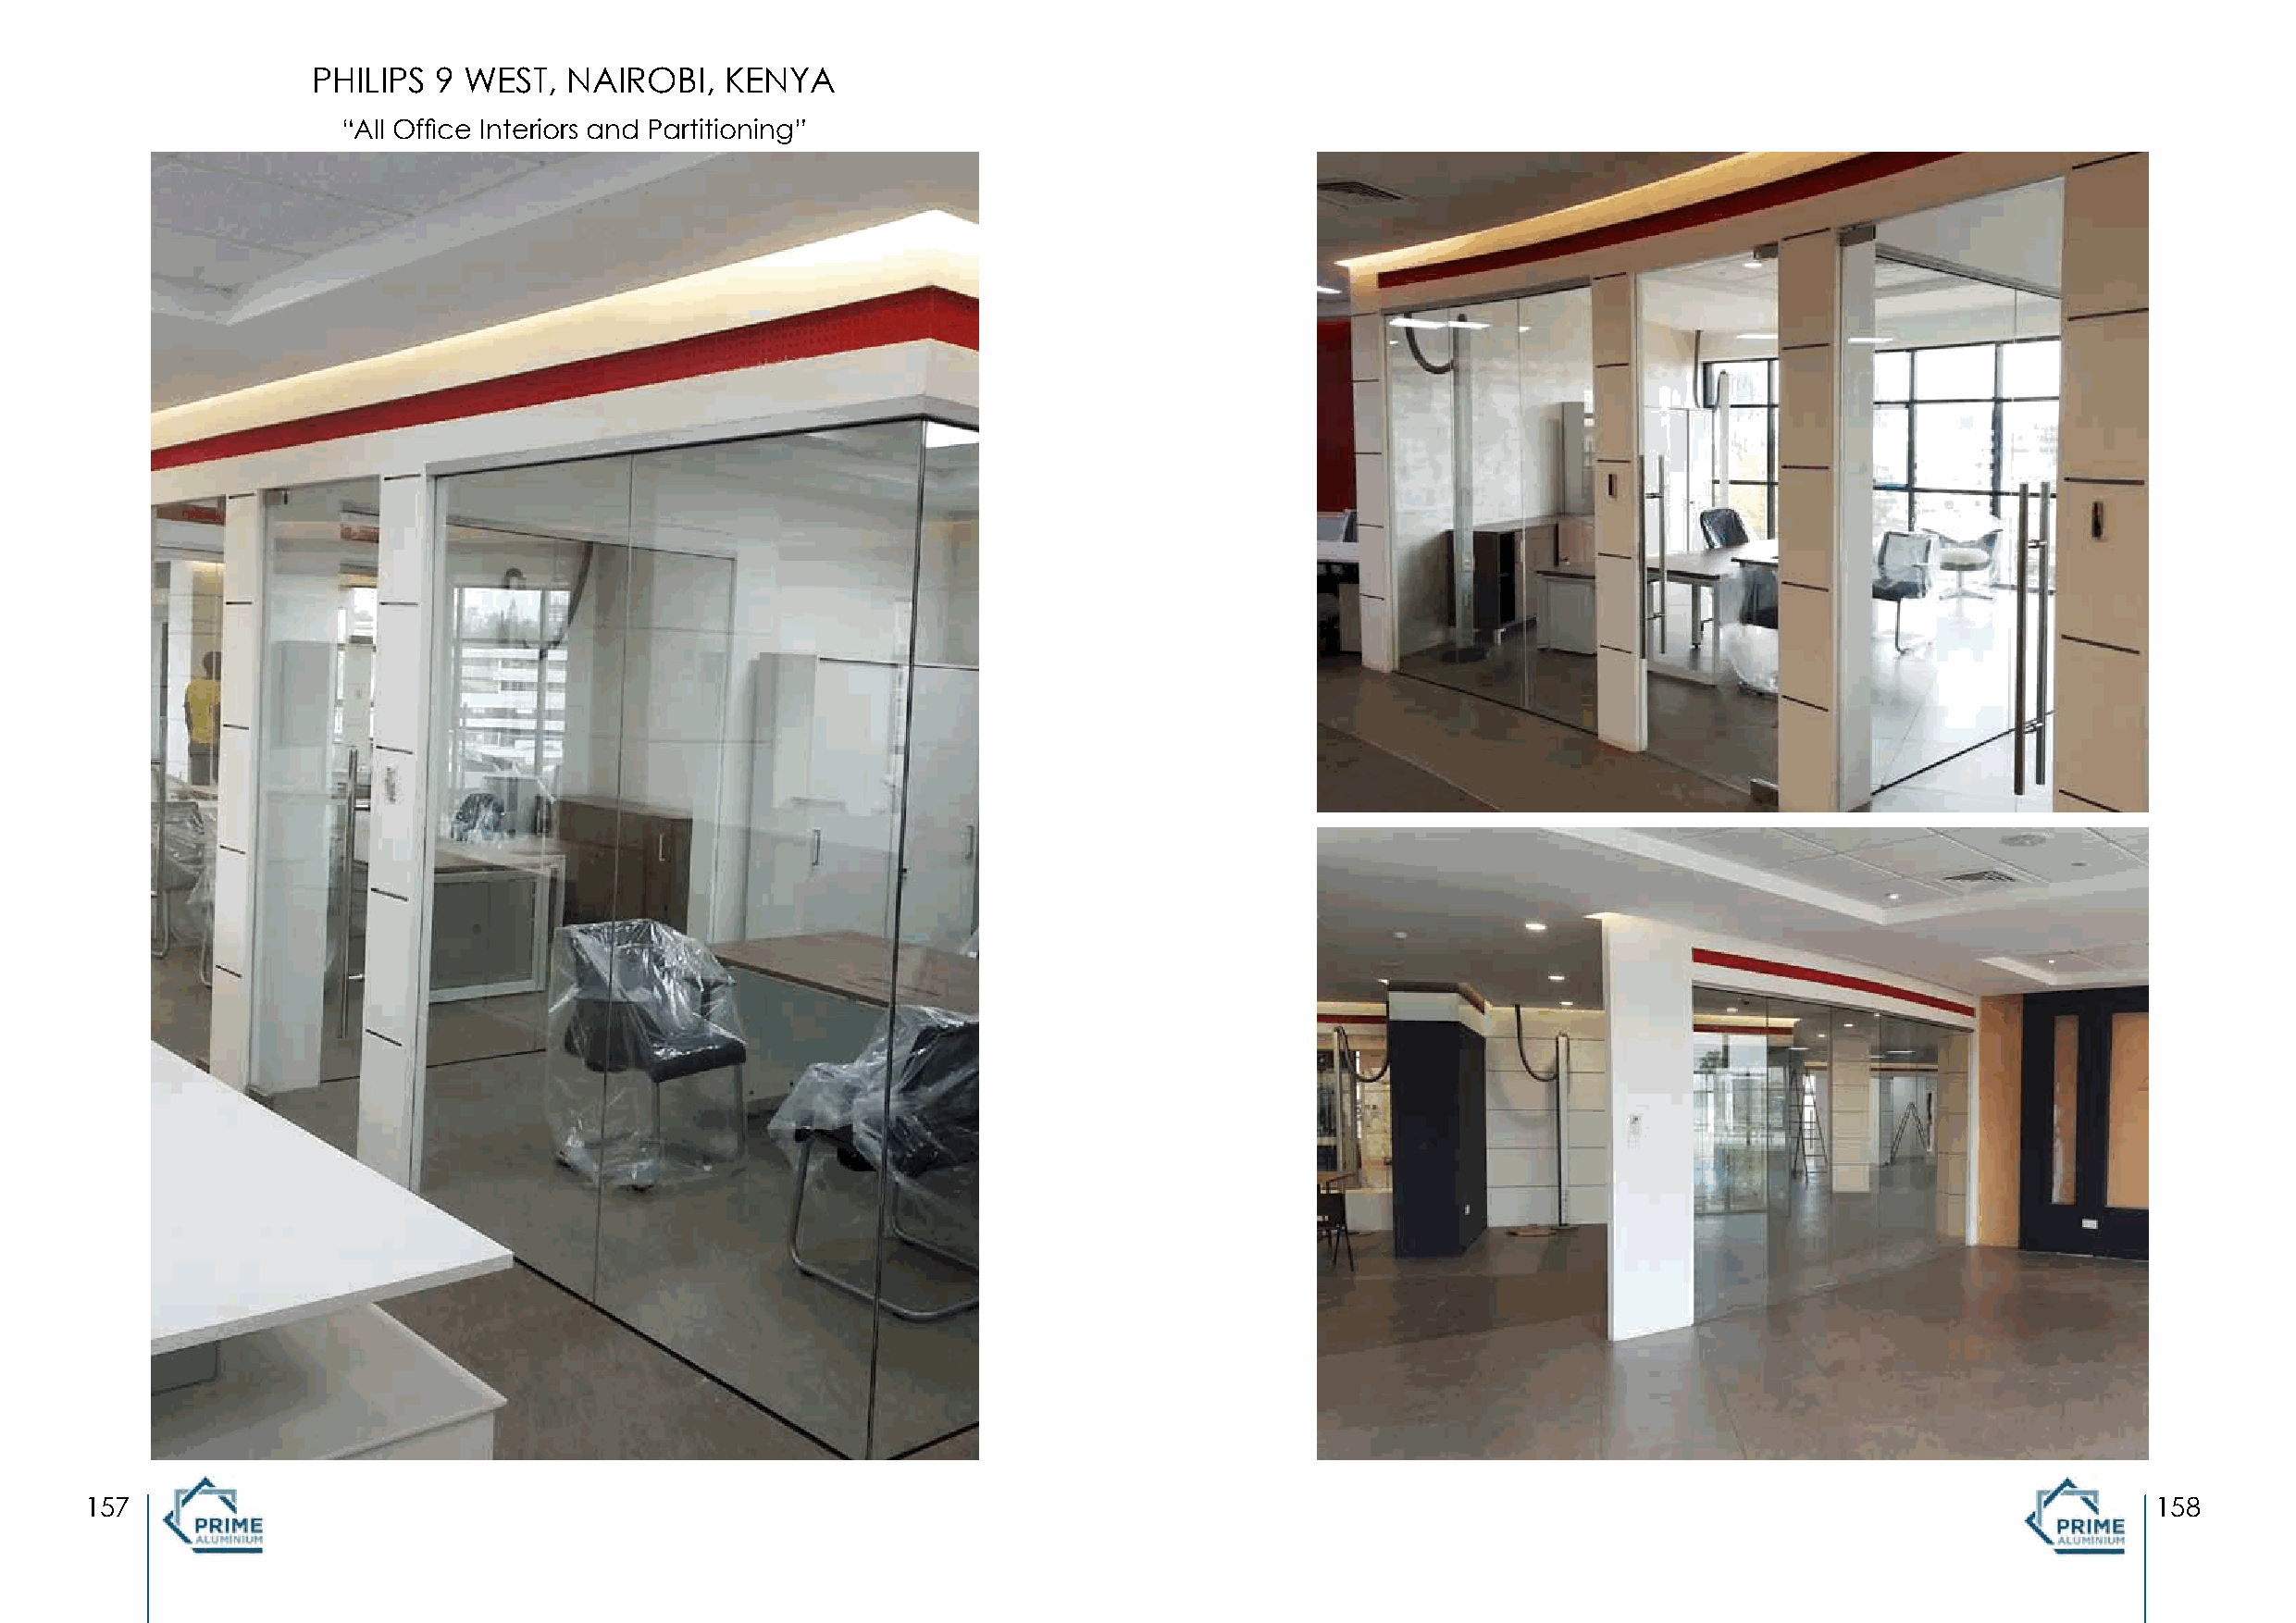
PHILIPS  9 WEST,   NAIROBI,   KENYA
 “All Office Interiors and Partitioning”
 157                                                                                                                                                 158